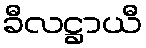
ခီလဋ္ဌာယီ